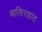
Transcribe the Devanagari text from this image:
बासिरहाट